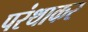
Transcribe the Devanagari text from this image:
परंथाकर